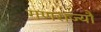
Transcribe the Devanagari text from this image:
गणराज्यौं